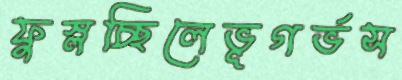
ফুস্‌লচ্ছিলেভূগর্ভস